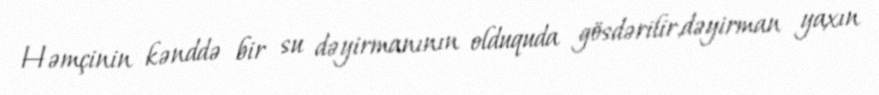
Həmçinin kənddə bir su dəyirmanının olduquda gösdərilir,dəyirman yaxın